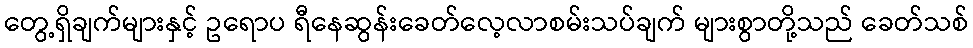
တွေ့ရှိချက်များနှင့် ဥရောပ ရီနေဆွန်းခေတ်လေ့လာစမ်းသပ်ချက် များစွာတို့သည် ခေတ်သစ်